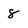
Character: 8